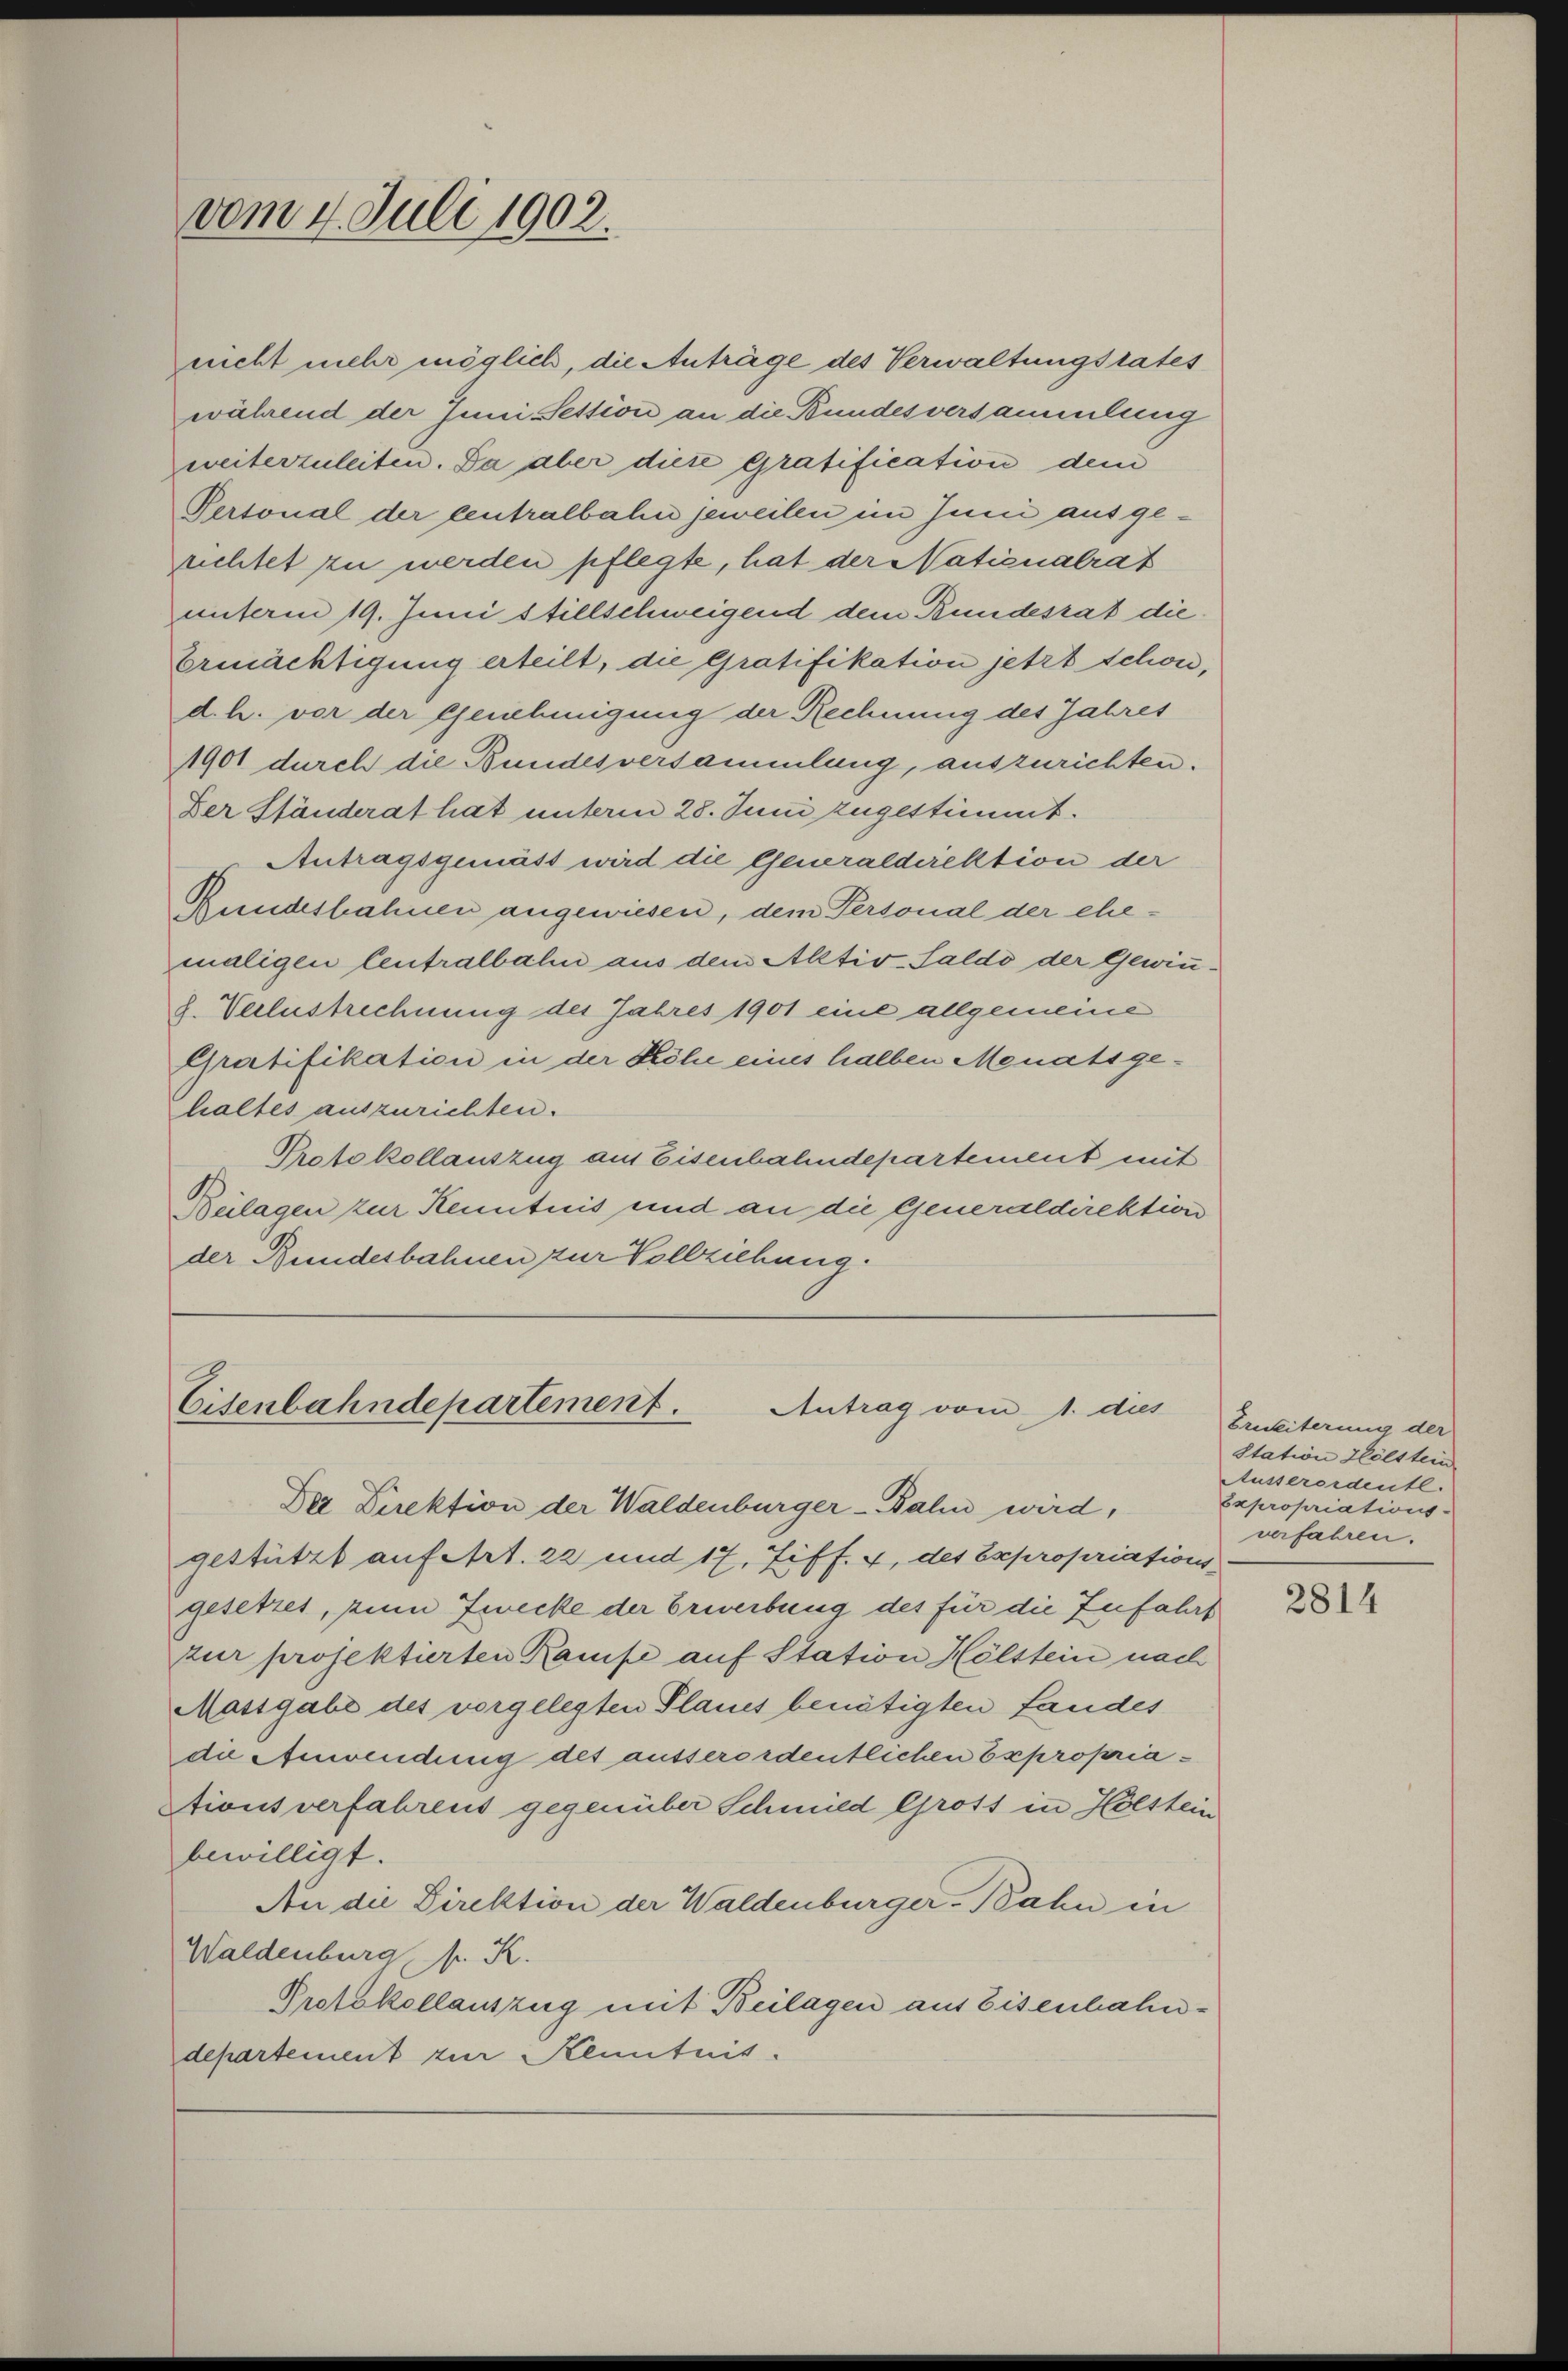
vom 4. Juli 1902.

nicht mehr möglich, die Anträge des Verwaltungsrates
während der Juni Pession an die Bundesversammlung
weiterzuleiten. Da aber diese gratification dem
Personal der centralbahn jeweilen im Juni ausgerichtet zu werden pflegte, hat der Nationalrat
unterm 19. Juni stillschweigend dem Bundestat die
Ermächtigung erteilt, die Gratifikation jetzt schon,
d. h. vor der Genehmigung der Rechnung des Jahres
1901 durch die Bundesversammlung, auszurichten.
Der Ständerat hat unterm 28. Juni zugestimmt.
Antragsgemäß wird die Generaldirektion der
Rundeshahnen angewiesen, dem Personal der ehemaligen Centralbahn aus dem Aktiv-Saldo der Gewing. Verlustrechnung des Jahres 1901 eine allgemeine
Gratifikation in der Höhe eines halben Menatsgehaltes auszurichten.
Protokollauszug aus Eisenbahndepartement mit
Beilagen zur Kenntnis und an die Generaldirektion
der Bundesbahnen zur Vollziehung.

Eisenbahndepartement.
Antrag vom 1. dies
Der Direktion der Waldenburger-Bahn wird,

gestützt auf Art. 22 und 17, Ziff. 4, des Expropriations-
gesetzet, zum Zwecke der Erwerbung des für die Zufahrt
zur projektierten Rampe auf Station Hölstein nach
Massgabe des vorgelegten Planes benätigten Landes
de Anwendung des ausserordentlichen Expropriationsverfahrens gegenüber Schmied Grots in Holstein
bewilligt.
An die Direktion der Waldenburger-Bahn in
Waldenburg f. K
Protokollauszug mit Beilagen aus Eisenbahndepartement zur Kenntnis.

Erukiterung der
Station Hölstein
Ausserordentl.
Expropriations-
verfahren.

2814